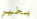
بخير